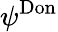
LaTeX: \psi^{\mathrm{Don}}